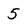
Character: 5